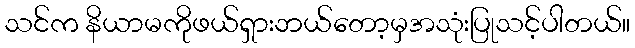
သင်က နိယာမကိုဖယ်ရှားဘယ်တော့မှအသုံးပြုသင့်ပါတယ်။